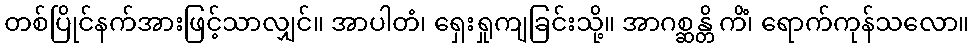
တစ်ပြိုင်နက်အားဖြင့်သာလျှင်။ အာပါတံ၊ ရှေးရှုကျခြင်းသို့။ အာဂစ္ဆန္တိ ကိံ၊ ရောက်ကုန်သလော။